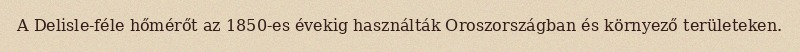
A Delisle-féle hőmérőt az 1850-es évekig használták Oroszországban és környező területeken.